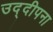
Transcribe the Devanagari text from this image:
उद्दीपना